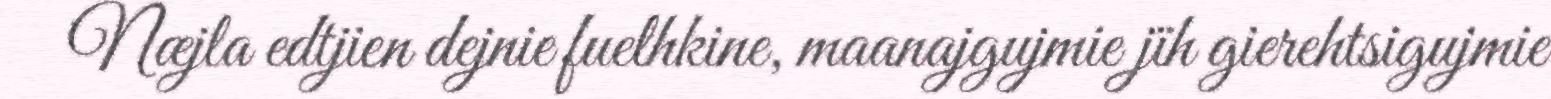
Næjla edtjien dejnie fuelhkine, maanajgujmie jïh gierehtsigujmie